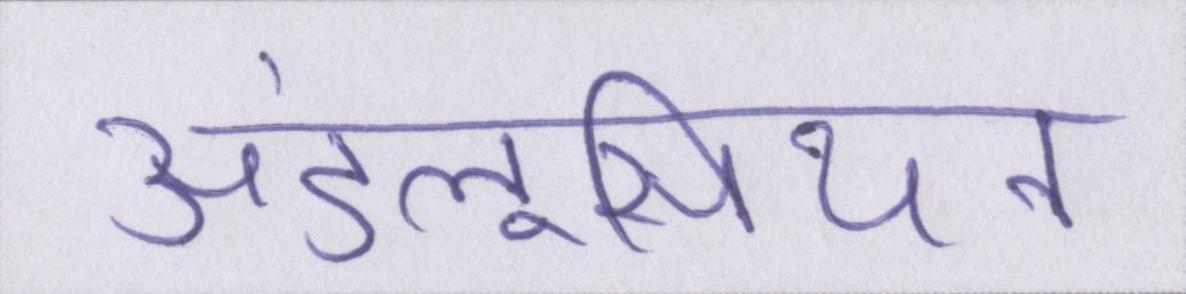
अंडलूसियन